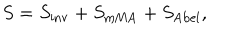
S = S _ { \mathrm { i n v } } + S _ { \mathrm { m M A } } + S _ { \mathrm { A b e l } } ,